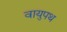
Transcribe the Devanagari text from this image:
वायुपथ